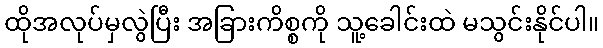
ထိုအလုပ်မှလွဲပြီး အခြားကိစ္စကို သူ့ခေါင်းထဲ မသွင်းနိုင်ပါ။